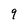
Character: 9